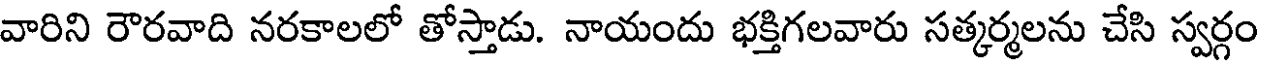
వారిని రౌరవాది నరకాలలో తోస్తాడు. నాయందు భక్తిగలవారు సత్కర్మలను చేసి స్వర్గం